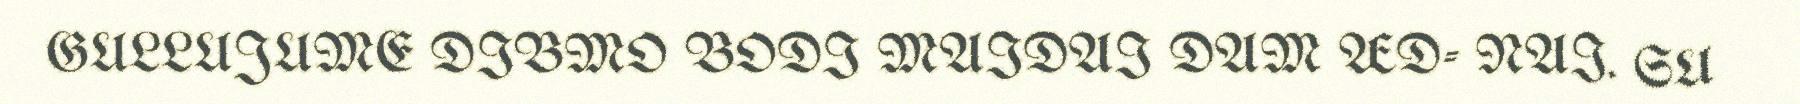
GULLUJUME DIBMO BODI MAIDAI DAM ÆD- NAI. SU